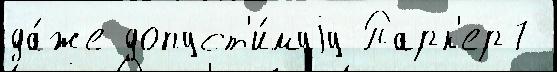
да́же допуст'и́муjу Парк'ер7